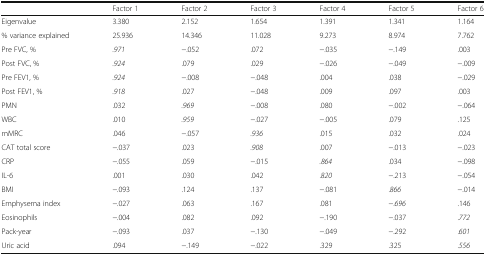
<table><thead><tr><td></td><td><b>Factor 1</b></td><td><b>Factor 2</b></td><td><b>Factor 3</b></td><td><b>Factor 4</b></td><td><b>Factor 5</b></td><td><b>Factor 6</b></td></tr></thead><tbody><tr><td>Eigenvalue</td><td>3.380</td><td>2.152</td><td>1.654</td><td>1.391</td><td>1.341</td><td>1.164</td></tr><tr><td>% variance explained</td><td>25.936</td><td>14.346</td><td>11.028</td><td>9.273</td><td>8.974</td><td>7.762</td></tr><tr><td>Pre FVC, %</td><td><i>.971</i></td><td>−.052</td><td>.072</td><td>−.035</td><td>−.149</td><td>.003</td></tr><tr><td>Post FVC, %</td><td><i>.924</i></td><td>.079</td><td>.029</td><td>−.026</td><td>−.049</td><td>−.009</td></tr><tr><td>Pre FEV1, %</td><td><i>.924</i></td><td>−.008</td><td>−.048</td><td>.004</td><td>.038</td><td>−.029</td></tr><tr><td>Post FEV1, %</td><td><i>.918</i></td><td>.027</td><td>−.048</td><td>.009</td><td>.097</td><td>.003</td></tr><tr><td>PMN</td><td>.032</td><td><i>.969</i></td><td>−.008</td><td>.080</td><td>−.002</td><td>−.064</td></tr><tr><td>WBC</td><td>.010</td><td><i>.959</i></td><td>−.027</td><td>−.005</td><td>.079</td><td>.125</td></tr><tr><td>mMRC</td><td>.046</td><td>−.057</td><td><i>.936</i></td><td>.015</td><td>.032</td><td>.024</td></tr><tr><td>CAT total score</td><td>−.037</td><td>.023</td><td><i>.908</i></td><td>.007</td><td>−.013</td><td>−.023</td></tr><tr><td>CRP</td><td>−.055</td><td>.059</td><td>−.015</td><td><i>.864</i></td><td>.034</td><td>−.098</td></tr><tr><td>IL-6</td><td>.001</td><td>.030</td><td>.042</td><td>.<i>820</i></td><td>−.213</td><td>−.054</td></tr><tr><td>BMI</td><td>−.093</td><td>.124</td><td>.137</td><td>−.081</td><td>.<i>866</i></td><td>−.014</td></tr><tr><td>Emphysema index</td><td>−.027</td><td>.063</td><td>.167</td><td>.081</td><td>−.<i>696</i></td><td>.146</td></tr><tr><td>Eosinophils</td><td>−.004</td><td>.082</td><td>.092</td><td>−.190</td><td>−.037</td><td>.<i>772</i></td></tr><tr><td>Pack-year</td><td>−.093</td><td>.037</td><td>−.130</td><td>−.049</td><td>−.292</td><td>.<i>601</i></td></tr><tr><td>Uric acid</td><td>.094</td><td>−.149</td><td>−.022</td><td>.329</td><td>.325</td><td>.<i>556</i></td></tr></tbody></table>